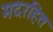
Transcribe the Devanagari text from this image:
मदरहित